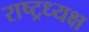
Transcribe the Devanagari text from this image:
राष्ट्रध्यक्ष